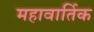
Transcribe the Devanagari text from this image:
महावार्तिक